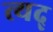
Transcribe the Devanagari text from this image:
त्यद्